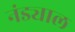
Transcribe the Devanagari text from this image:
नंड्याल